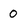
Character: 0